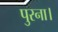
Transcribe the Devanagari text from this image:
पुरना।